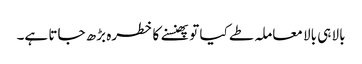
بالا ہی بالا معاملہ طے کیا تو پھنسنے کا خطرہ بڑھ جاتا ہے۔